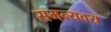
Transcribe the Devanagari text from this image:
समन्यवय